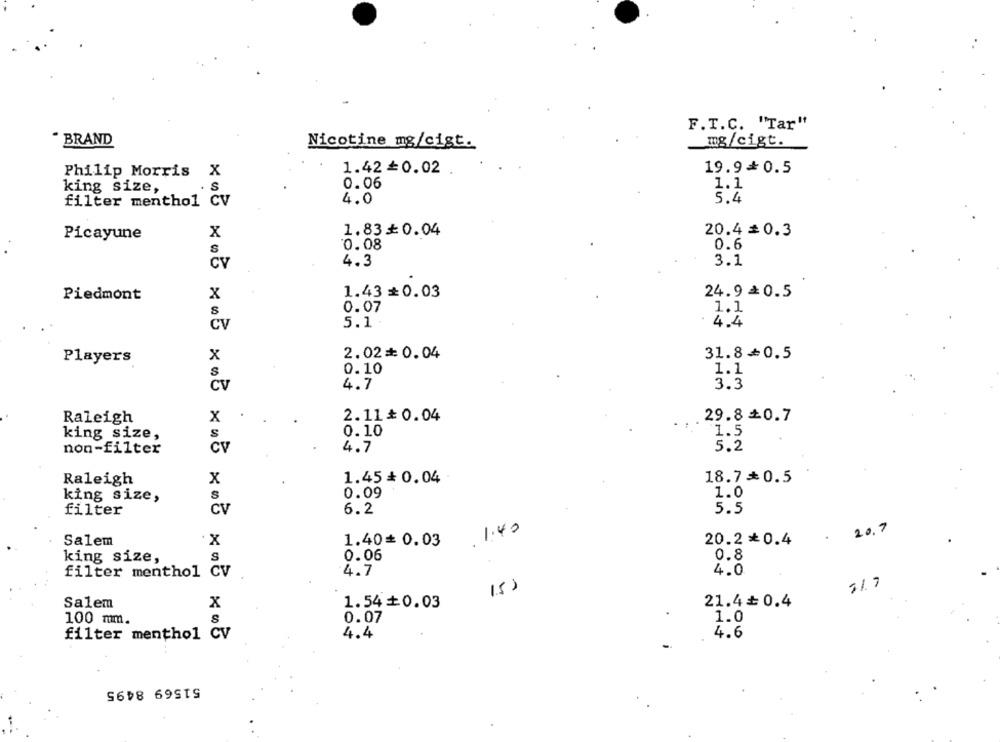
F.T.C. "Tar"
" BRAND
Nicotine mg/cigt.
mg/cigt.
1.42 =0.02
19.9+0.5
Philip Morris X
0.06
1.1
king size,
S
4.0
5.4
filter menthol CV
Picayune
x
1.83₺0.04
20.4 = 0.3
0.08
0.6
s
CV
4.3
3.1
Piedmont
x
1.43=0.03
24.9≥0.5
0.07
1.1
8
CV
5.1.
4.4
x
2.02+ 0.04
31.8+0.5
Players
0.10
1.1
S
4.7
3.3
CV
Raleigh
x
2.11* 0.04
29.8 +0.7
king size,
0.10
1.5
non-filter
Cv
4.7
5.2
Raleigh
x
1.45 # 0.04
18.7*0.5
king size,
S
0.09
1.0
filter
CV
6.2
5.5
1.40
20.7
Salem
X
1.40= 0.03
20.2*0.4
0.06
0.8
king size,
S
filter menthol CV
4.7
4.0
15)
31.7
Salem
X
1.54+0.03
21.4+0.4
100 mm.
S
0.07
1.0
filter menthol CV
4.4
4.6
51569 8495